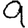
Digit: 9